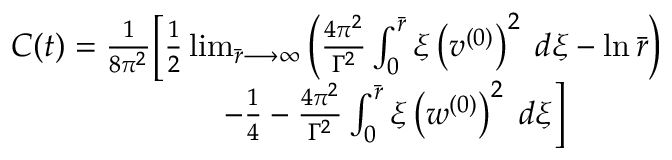
\begin{array} { r } { C ( t ) = \frac { 1 } { 8 \pi ^ { 2 } } \Big [ \frac { 1 } { 2 } \operatorname* { l i m } _ { \bar { r } \longrightarrow \infty } \left( \frac { 4 \pi ^ { 2 } } { \Gamma ^ { 2 } } \int _ { 0 } ^ { \bar { r } } \xi \left( v ^ { ( 0 ) } \right) ^ { 2 } \; d \xi - \ln \bar { r } \right) } \\ { - \frac { 1 } { 4 } - \frac { 4 \pi ^ { 2 } } { \Gamma ^ { 2 } } \int _ { 0 } ^ { \bar { r } } \xi \left( w ^ { ( 0 ) } \right) ^ { 2 } \; d \xi \Big ] \quad \quad \quad } \end{array}